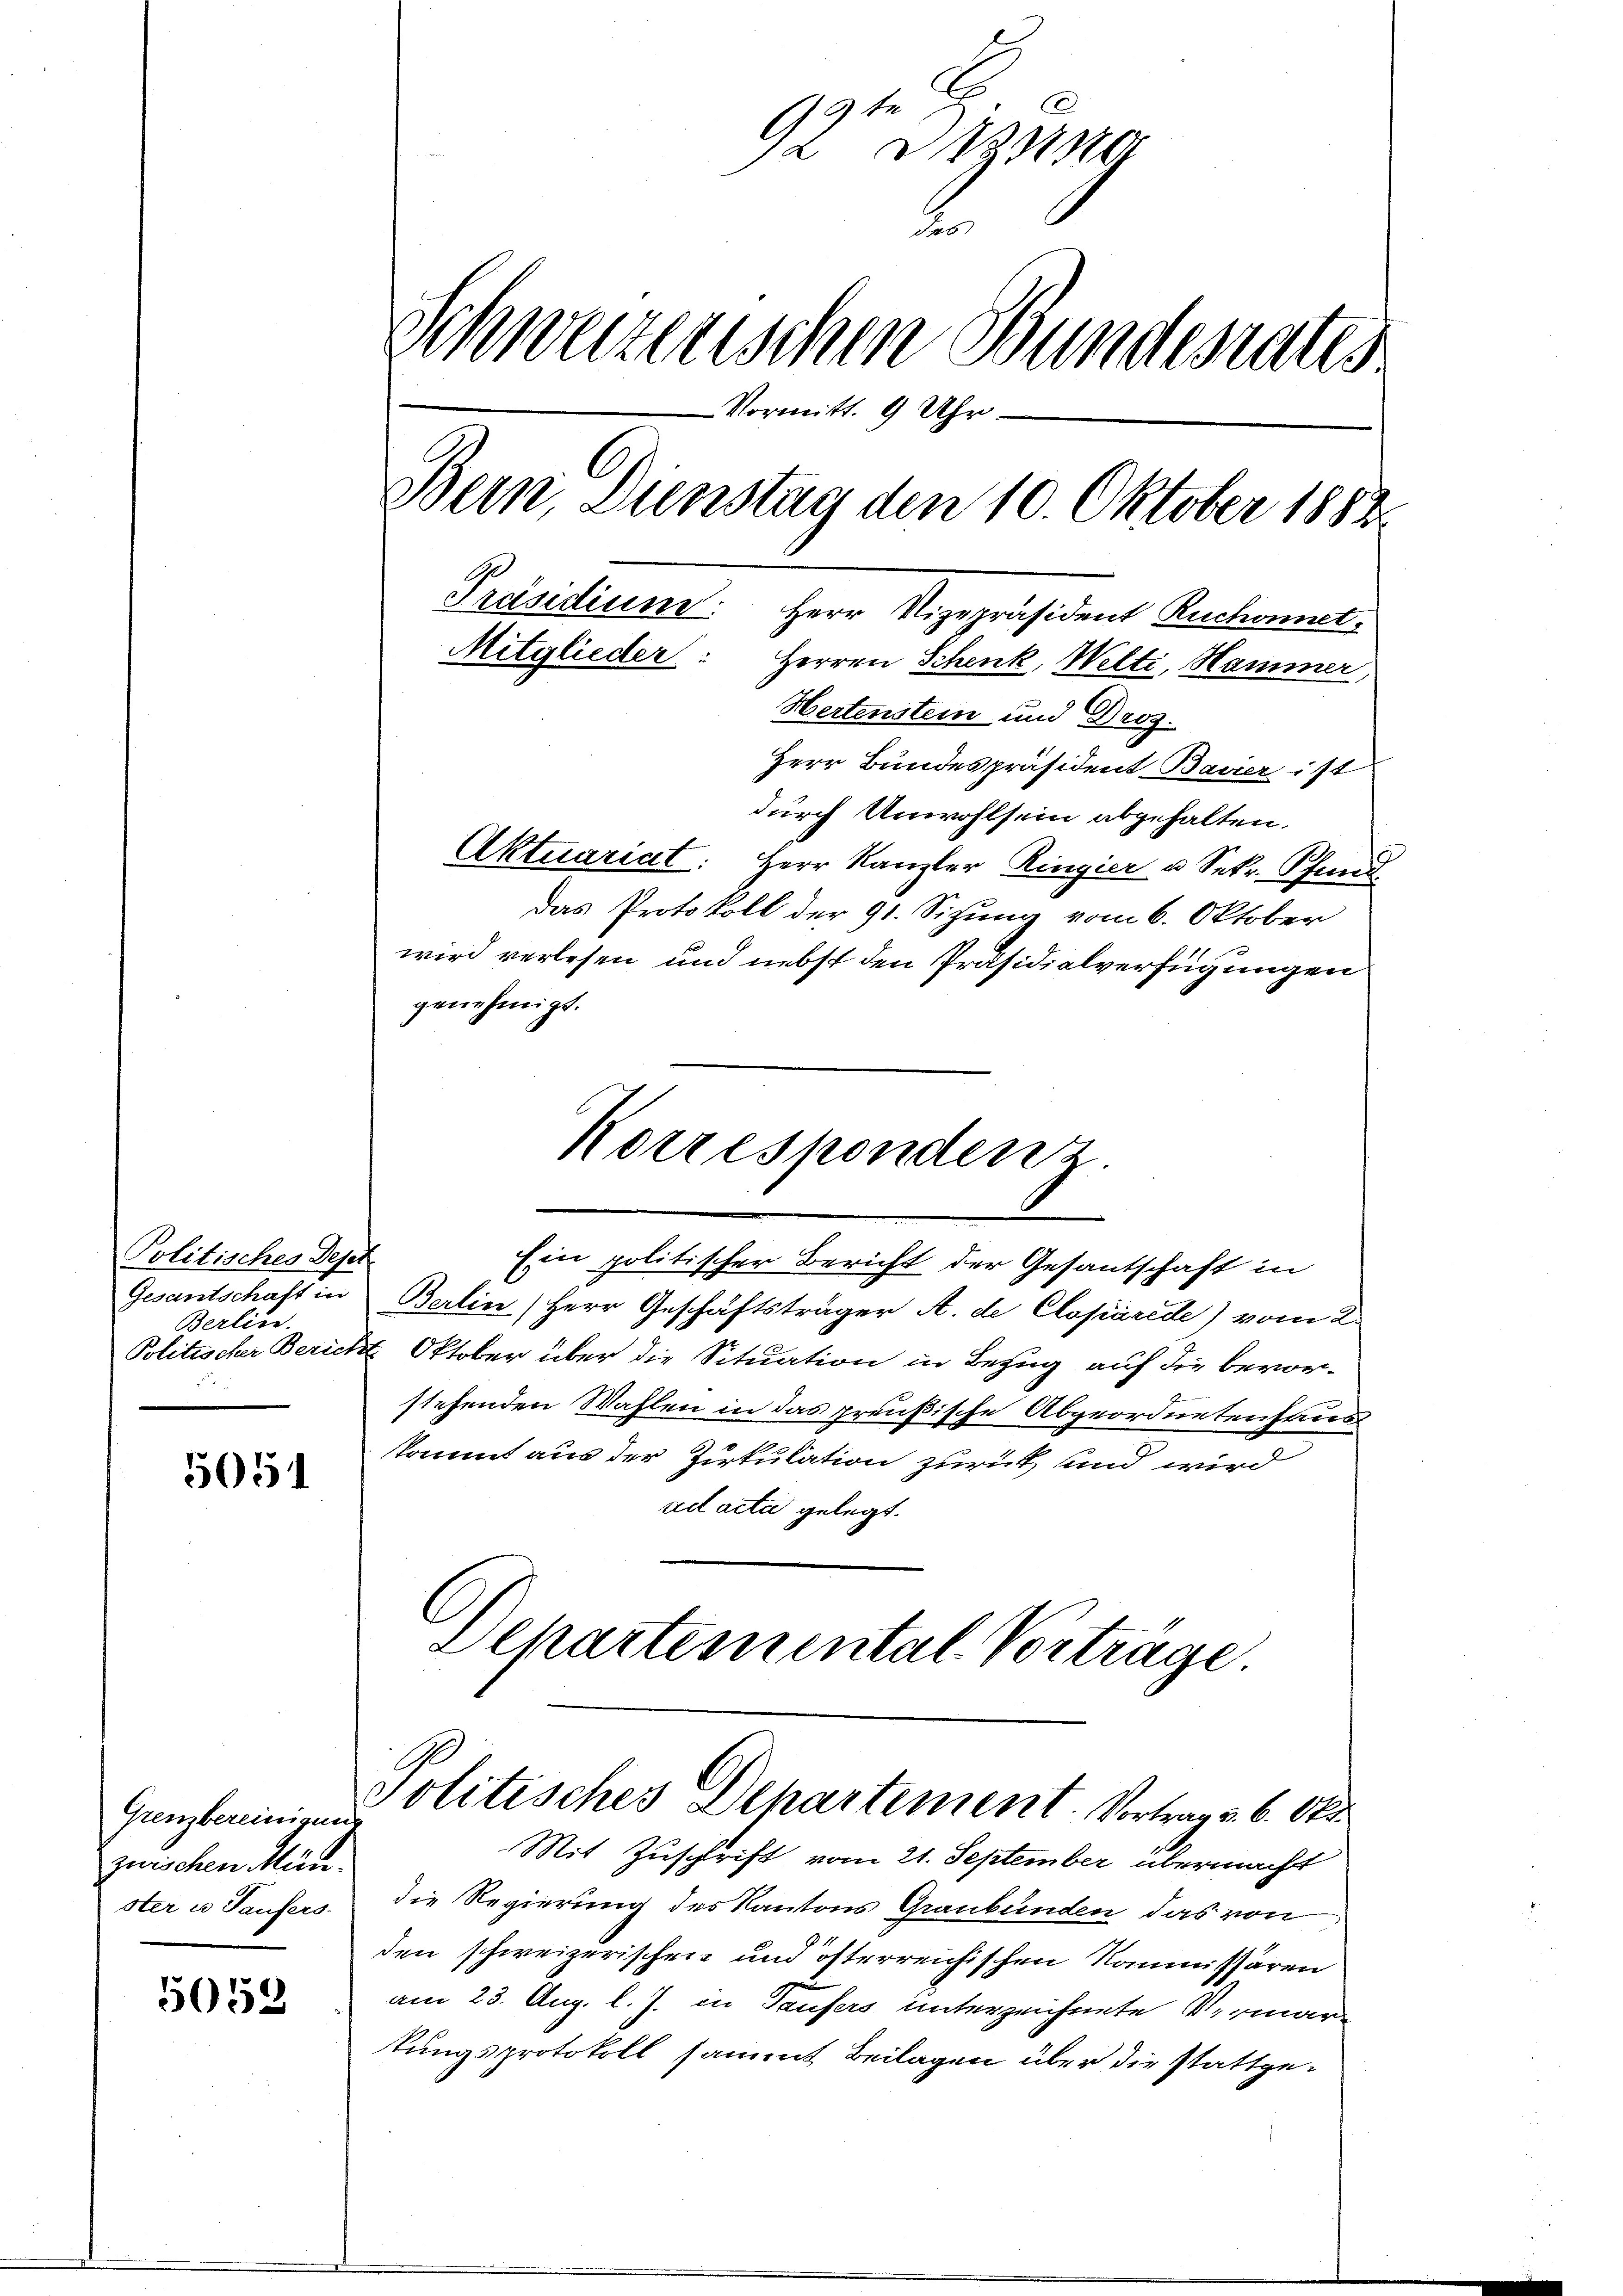
Politisches Depes
Berlin.

5051

Grenzbereinigun
jurischen Menster un Taufers.

5053

te
92 na
2.
Schweizerischen Bundesrates
Vormitt. 9 Uhr
Bern, Dienstag den 10. Oktober 1883
Präsidium: Herr Vizepräsident Ruchonnet-
Mitglieder: Herren Schenk, Welti, Hammer,
Hertenstein und Droz.

Herr Bundespräsident Bavier ist
durch Unwohlsein abgehalten.
Aktuariat: Herr Kanzler Ringier u Sekr. Pfund
Das Protokoll der 91. Sizung vom 6. Oktober
wird verlesen und nebst den Präsidialverfügungen
genehmigt.
Gesantschaft in Berlin (Herr Geschäftsträger A. de Clopárede) vom 2.
Politischer Bericht Oktober über die Situation in Bezug auf die bevor-
stehenden Wahlen in das preußische Abgeordnetenhaus
kommt aus der Zirkulation zurück und wird
ad acta gelegt.
C
Departemental-Vorträge
E
Politisches Departement. Vortrag u. 6. Okt.
Mit Zuschrift vom 21. September übermacht
die Regierung des Kantons Graubünden das von
den schweizerischen und österreichischen Kommissären
am 23. Aug. l. J. in Taufers unterzeichnete Vermarkungsprotokoll sammt Beilagen über die stattge¬

Korresponden
Ein politischer Bericht der Gesantschaft in